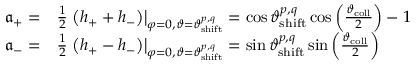
\begin{array} { r l } { \mathfrak { a } _ { + } = } & { { } \frac { 1 } { 2 } \left. \left( h _ { + } + h _ { - } \right) \right| _ { \varphi = 0 , \vartheta = \vartheta _ { \mathrm { s h i f t } } ^ { p , q } } = \cos \vartheta _ { \mathrm { s h i f t } } ^ { p , q } \cos \left( \frac { \vartheta _ { \mathrm { c o l l } } } { 2 } \right) - 1 } \\ { \mathfrak { a } _ { - } = } & { { } \frac { 1 } { 2 } \left. \left( h _ { + } - h _ { - } \right) \right| _ { \varphi = 0 , \vartheta = \vartheta _ { \mathrm { s h i f t } } ^ { p , q } } = \sin \vartheta _ { \mathrm { s h i f t } } ^ { p , q } \sin \left( \frac { \vartheta _ { \mathrm { c o l l } } } { 2 } \right) } \end{array}